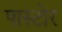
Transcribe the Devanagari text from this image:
पास्टोर